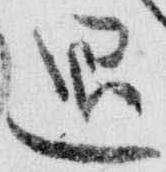
退